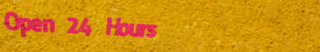
Open 24 Hours